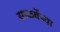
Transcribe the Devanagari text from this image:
साळवेंच्या